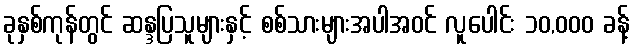
ခုနှစ်ကုန်တွင် ဆန္ဒပြသူများနှင့် စစ်သားများအပါအဝင် လူပေါင်း ၁၀,၀၀၀ ခန့်